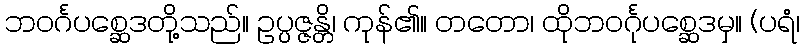
ဘဝင်္ဂပစ္ဆေဒတို့သည်။ ဥပ္ပဇ္ဇန္တိ၊ ကုန်၏။ တတော၊ ထိုဘဝင်္ဂုပစ္ဆေဒမှ။ (ပရံ၊